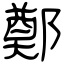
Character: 鄭